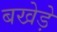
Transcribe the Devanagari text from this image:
बखेड़े